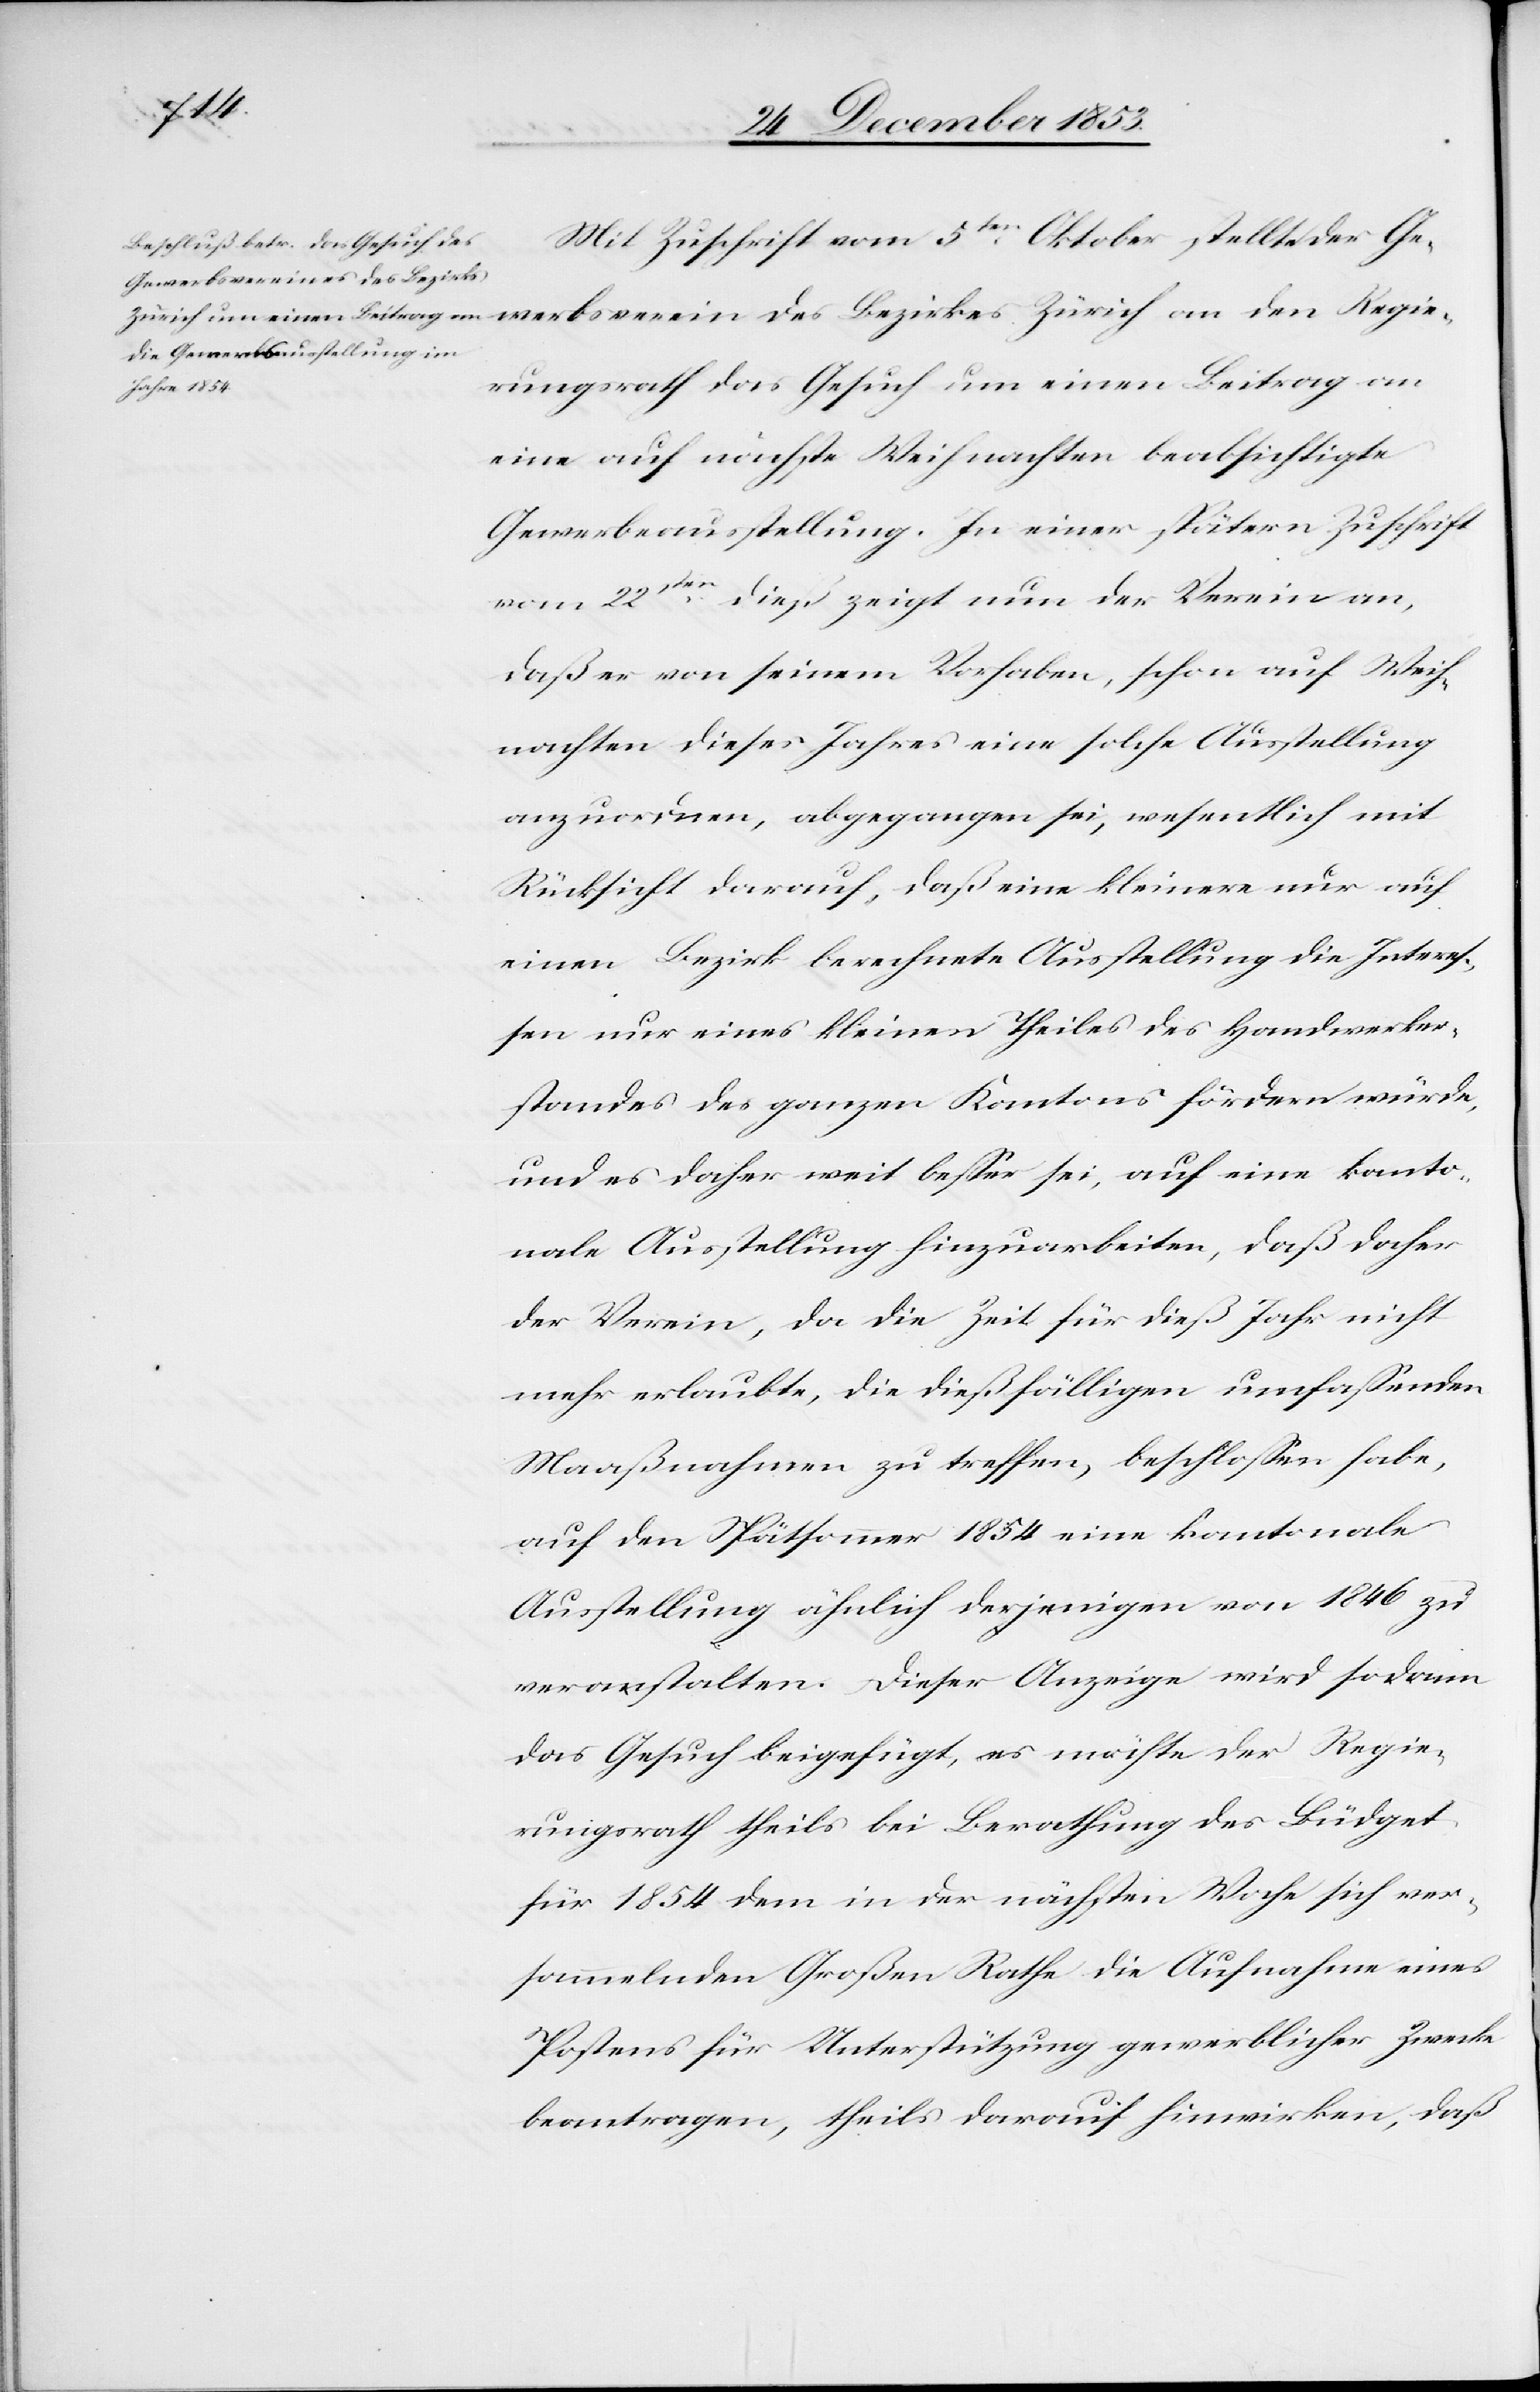
Regie¬
Mit Zuschrift vom 3ten Oktober stellt der G¬
ewerbsverein des Bezirkes
rungsrath das Gesuch um einen Beitrag an
eine auf nächste Weihnachten beabsichtigte
Gewerbeaustellung. In einer spätern Zuschrift
vom 22sten dieß zeigt nun der Verein an,
daß er von seinem Vorhaben, schon auf Weih¬
nachten dieses Jahres eine solche Ausstellung
anzuordnen, abgegangen sei, wesentlich mit
Rücksicht darauf, daß eine kleinere nur auf
einen Bezirk berechnete Ausstellung die Interes¬
sen nur eines kleinen Theiles des Handwerker¬
standes des ganzen Kantons fördern würde,
und es daher weit beßer sei, auf eine kanto¬
nale Ausstellung hinzuarbeiten, daß daher
der Verein, da die Zeit für dieß Jahr nicht
mehr erlaubte, die dießfälligen umfaßenden
Maßnahmen zu treffen, beschloßen habe,
auf den Spätsommer 1854 eine kantonale
Ausstellung ähnlich derjenigen von 1846 zu
veranstalten. Dieser Anzeige wird sodann
das Gesuch beigefügt, es möchte der Regie¬
rungsrath theils bei Berathung des Büdget
für 1854 dem in der nächsten Woche sich ver¬
sammelnden Großen Rathe die Aufnahme eines
Postens für Unterstützung gewerblicher Zwecke
beantragen, theils darauf hinwirken, daß